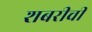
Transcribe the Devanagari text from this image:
शबरीची